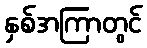
နှစ်အကြာတွင်